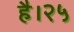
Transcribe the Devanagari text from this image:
है।२५